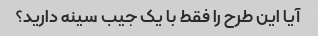
آیا این طرح را فقط با یک جیب سینه دارید؟